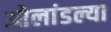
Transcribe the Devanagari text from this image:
ओलांडल्या